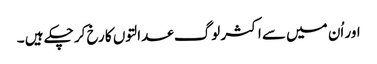
اور اُن میں سے اکثر لوگ عدالتوں کا رخ کر چکے ہیں ۔